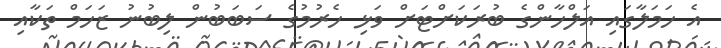
އެ ހަމަލާގައި އަލްހާންގެ ބުރަކަށްޓަށް ވަޅި ހެރުމުގެ ސަބަބުން ލިބުނު ޒަހަމް ތަކާއި